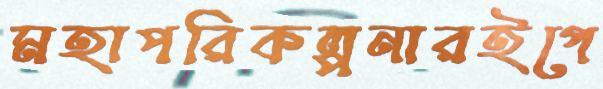
মহাপরিকল্পনারইগে